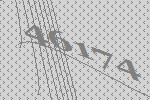
46174